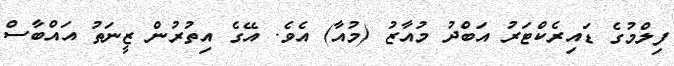
ފިލްމުގެ ޑައިރެކްޓަރު އަބްދު މުއާޒު (މުއާ) އެވެ. އޭގެ އިތުރުން ޒީނަތު އައްބާސް